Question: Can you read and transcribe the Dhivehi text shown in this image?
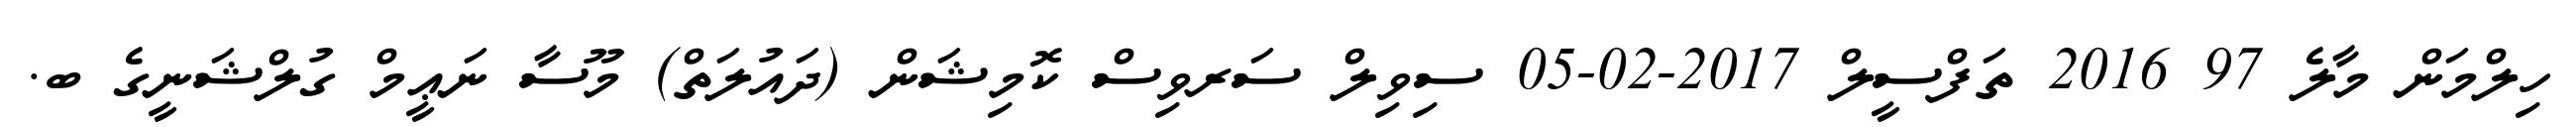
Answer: ހިލްމަން މާލެ 97 2016 ތަފްސީލް 2017-02-05 ސިވިލް ސަރވިސް ކޮމިޝަން (ދައުލަތް) މޫސާ ނަޢީމް ގުލްޝަނީގެ ބ.